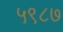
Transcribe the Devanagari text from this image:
५९८७